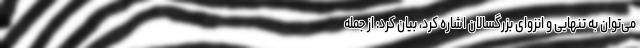
می‌توان به تنهایی و انزوای بزرگسالان اشاره کرد، بیان کرد: از جمله